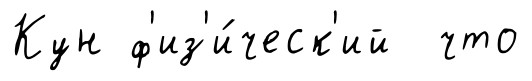
Кун ф'из'и́ческ'ий что